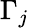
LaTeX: \Gamma_{j}